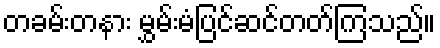
တခမ်းတနား မွှမ်းမံပြင်ဆင်တတ်ကြသည်။